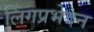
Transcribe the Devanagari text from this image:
लिंगप्रभेदन